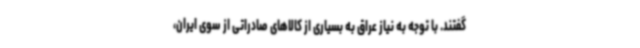
گفتند. با توجه به نیاز عراق به بسیاری از کالاهای صادراتی از سوی ایران،